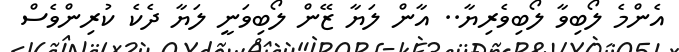
އެންމެ ލޯބިވާ ލޯބިވެރިޔާ.. އާން ލަޔާ ޒޭން ލޯބިވަނީ ލަޔާ ދެކެ ކުރިންވެސް